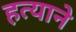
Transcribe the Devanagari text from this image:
हत्याने